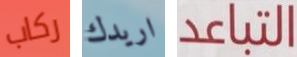
ركاب اريدك التباعد